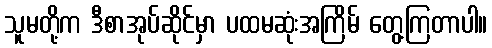
သူမတို့က ဒီစာအုပ်ဆိုင်မှာ ပထမဆုံးအကြိမ် တွေ့ကြတာပါ။